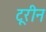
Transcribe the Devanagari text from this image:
टूरीन